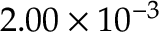
2 . 0 0 \times 1 0 ^ { - 3 }